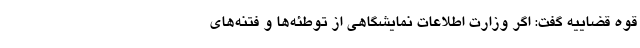
قوه قضاییه گفت: اگر وزارت اطلاعات نمایشگاهی از توطئه‌ها و فتنه‌های